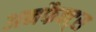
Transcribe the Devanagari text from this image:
अनफैक्ट्स